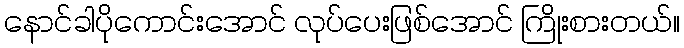
နောင်ခါပိုကောင်းအောင် လုပ်ပေးဖြစ်အောင် ကြိုးစားတယ်။